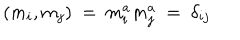
LaTeX: ( m _ { i } , m _ { j } ) \ = \ m _ { i } ^ { a } m _ { j } ^ { a } \ = \ \delta _ { i j }